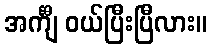
အင်္ကျီ ဝယ်ပြီးပြီလား။